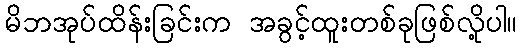
မိဘအုပ်ထိန်းခြင်းက အခွင့်ထူးတစ်ခုဖြစ်လို့ပါ။